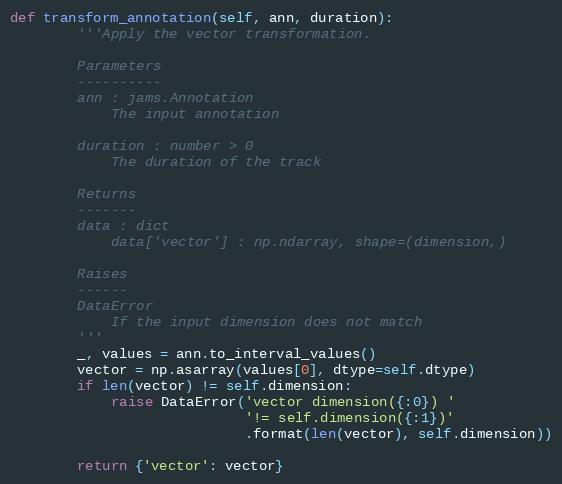
Language: Python
def transform_annotation(self, ann, duration):
        '''Apply the vector transformation.

        Parameters
        ----------
        ann : jams.Annotation
            The input annotation

        duration : number > 0
            The duration of the track

        Returns
        -------
        data : dict
            data['vector'] : np.ndarray, shape=(dimension,)

        Raises
        ------
        DataError
            If the input dimension does not match
        '''
        _, values = ann.to_interval_values()
        vector = np.asarray(values[0], dtype=self.dtype)
        if len(vector) != self.dimension:
            raise DataError('vector dimension({:0}) '
                            '!= self.dimension({:1})'
                            .format(len(vector), self.dimension))

        return {'vector': vector}